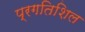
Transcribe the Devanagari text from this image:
प्रगतिशिल